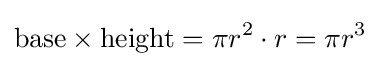
{\text{base}}\times {\text{height}}=\pi r^{2}\cdot r=\pi r^{3}